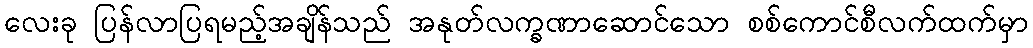
လေးခု ပြန်လာပြရမည့်အချိန်သည် အနုတ်လက္ခဏာဆောင်သော စစ်ကောင်စီလက်ထက်မှာ